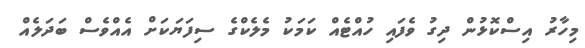
މިހާރު އިސްކޮޅުން ދިގު ވެފައި ހުއްޓެއް ކަމަކު މެލެކްގެ ސިފަޔަކަށް އެއްވެސް ބަދަލެއް